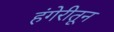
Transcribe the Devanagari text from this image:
हंगेरीतून